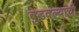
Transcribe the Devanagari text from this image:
बुडवल्याची